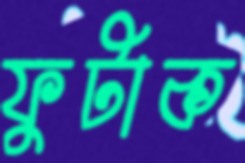
ফুটাক